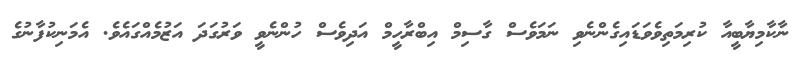
ނާކާމިޔާބީއާ ކުރިމަތިވެވަޑައިގެންނެވި ނަމަވެސް ގާސިމް އިބްރާހީމް އަދިވެސް ހުންނެވީ ވަރުގަދަ އަޒުމެއްގައެވެ. އެމަނިކުފާނުގެ